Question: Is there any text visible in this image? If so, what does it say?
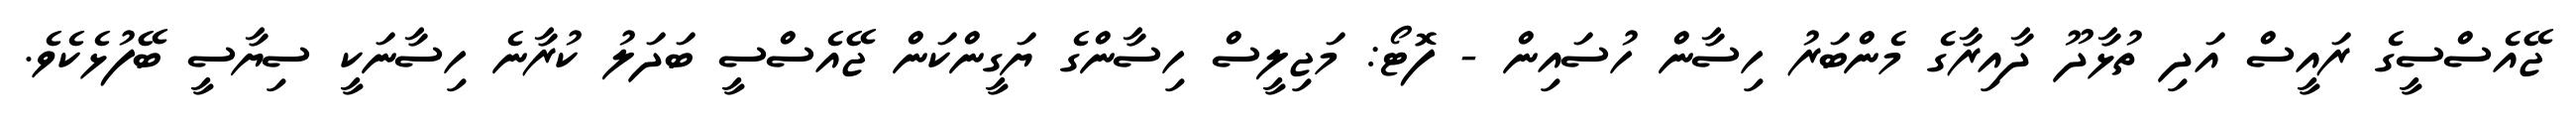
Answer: ޖޭއެސްސީގެ ރައީސް އަދި ތުޅާދޫ ދާއިރާގެ މެންބަރު ހިސާން ހުސައިން - ފޮޓޯ: މަޖިލީސް ހިސާންގެ ޔަގީންކަން ޖޭއެސްސީ ބަދަލު ކުރާނެ ހިސާނަކީ ސިޔާސީ ބޭފުޅެކެވެ.